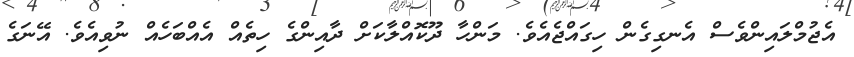
އެޖުމްލައިންވެސް އެނގިގެން ހިގައްޖެއެވެ. މަންހާ ދޫކޮއްލާކަށް ދާއިންގެ ހިތެއް އެއްބަހެއް ނުވިއެވެ. އޭނަގެ